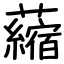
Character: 𧃴